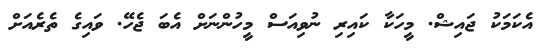
އެކަމަކު ޖައިޝް. މީހަކާ ކައިރި ނުވިއަސް މީހުންނަށް އެބަ ޖެހޭ. ވައިގެ ތެރެއަށް